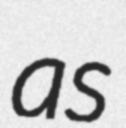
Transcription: as